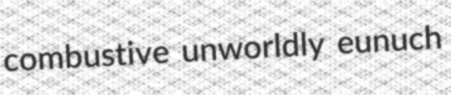
combustive unworldly eunuch